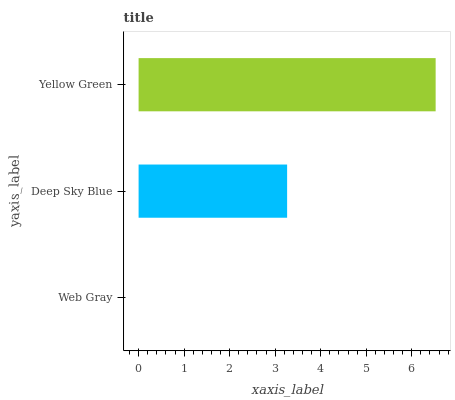
| yaxis_label | bars |
 | --- | --- |
 | Web Gray | 0 |
 | Deep Sky Blue | 3.26 |
 | Yellow Green | 6.52 |